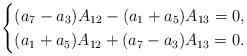
LaTeX: \begin{align*}\begin{cases}(a_7-a_3)A_{12}-(a_1+a_5)A_{13}=0,\\(a_1+a_5)A_{12}+(a_7-a_3)A_{13}=0.\end{cases}\end{align*}